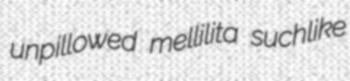
unpillowed mellilita suchlike